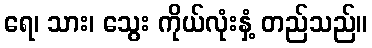
ရေ၊ သား၊ သွေး ကိုယ်လုံးနှံ့ တည်သည်။